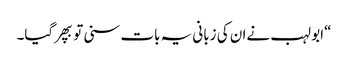
“ابو لہب نےان کی زبانی یہ بات سنی توبپھرگیا۔